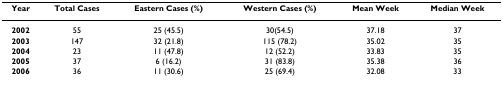
| Year | Total Cases | Eastern Cases (%) | Western Cases (%) | Mean Week | Median Week |
 | --- | --- | --- | --- | --- | --- |
 | 2002 | 55 | 25 (45.5) | 30(54.5) | 37.18 | 37 |
 | 2003 | 147 | 32 (21.8) | 115 (78.2) | 35.02 | 35 |
 | 2004 | 23 | 11 (47.8) | 12 (52.2) | 33.83 | 35 |
 | 2005 | 37 | 6 (16.2) | 31 (83.8) | 35.38 | 36 |
 | 2006 | 36 | 11 (30.6) | 25 (69.4) | 32.08 | 33 |